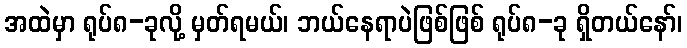
အထဲမှာ ရုပ်၈-ခုလို့ မှတ်ရမယ်၊ ဘယ်နေရာပဲဖြစ်ဖြစ် ရုပ်၈-ခု ရှိတယ်နော်၊